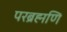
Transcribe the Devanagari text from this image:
परब्रह्मणि